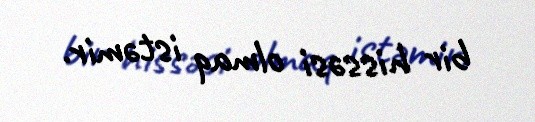
bir hissəsi olmaq istəmir.